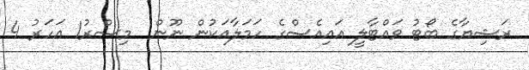
ރަޝިޔާގެ ބޯޓު ވައްޓާލީ އައިއެސްގެ ހަމަލާއަކުން ނޫން  މިސްރު1 އަހަރު 4